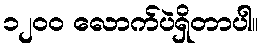
၁၂၀၀ လောက်ပဲရှိတာပါ။